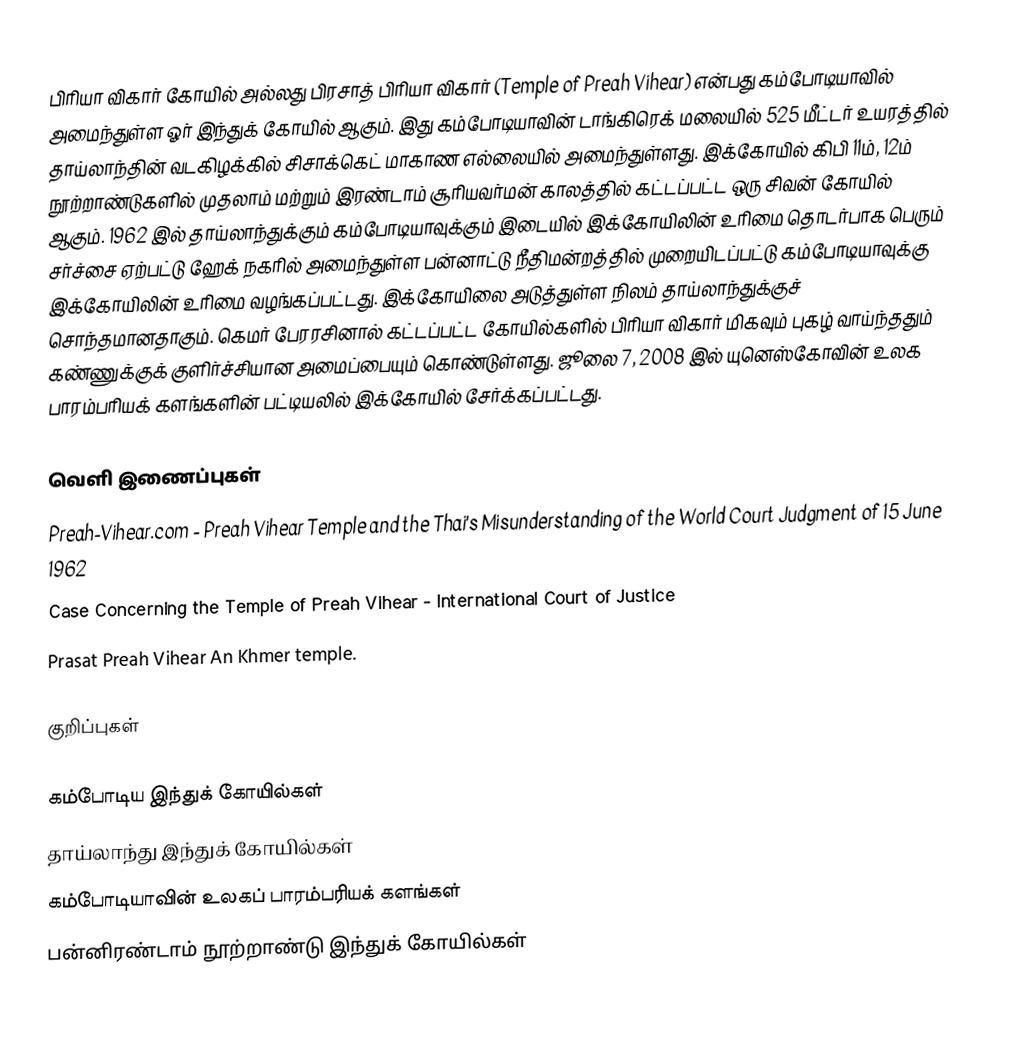
பிரியா விகார் கோயில் அல்லது பிரசாத் பிரியா விகார் (Temple of Preah Vihear) என்பது கம்போடியாவில் அமைந்துள்ள ஓர் இந்துக் கோயில் ஆகும். இது கம்போடியாவின் டாங்கிரெக் மலையில் 525 மீட்டர் உயரத்தில் தாய்லாந்தின் வடகிழக்கில் சிசாக்கெட் மாகாண எல்லையில் அமைந்துள்ளது. இக்கோயில் கிபி 11ம், 12ம் நூற்றாண்டுகளில் முதலாம் மற்றும் இரண்டாம் சூரியவர்மன் காலத்தில் கட்டப்பட்ட ஒரு சிவன் கோயில் ஆகும். 1962 இல் தாய்லாந்துக்கும் கம்போடியாவுக்கும் இடையில் இக்கோயிலின் உரிமை தொடர்பாக பெரும் சர்ச்சை ஏற்பட்டு ஹேக் நகரில் அமைந்துள்ள பன்னாட்டு நீதிமன்றத்தில் முறையிடப்பட்டு கம்போடியாவுக்கு இக்கோயிலின் உரிமை வழங்கப்பட்டது. இக்கோயிலை அடுத்துள்ள நிலம் தாய்லாந்துக்குச் சொந்தமானதாகும். கெமர் பேரரசினால் கட்டப்பட்ட கோயில்களில் பிரியா விகார் மிகவும் புகழ் வாய்ந்ததும் கண்ணுக்குக் குளிர்ச்சியான அமைப்பையும் கொண்டுள்ளது. ஜூலை 7, 2008 இல் யுனெஸ்கோவின் உலக பாரம்பரியக் களங்களின் பட்டியலில் இக்கோயில் சேர்க்கப்பட்டது.

வெளி இணைப்புகள்
 Preah-Vihear.com  - Preah Vihear Temple and the Thai's Misunderstanding of the World Court Judgment of 15 June 1962
 Case Concerning the Temple of Preah Vihear  - International Court of Justice
 Prasat Preah Vihear  An Khmer temple.

குறிப்புகள்

கம்போடிய இந்துக் கோயில்கள்
தாய்லாந்து இந்துக் கோயில்கள்
கம்போடியாவின் உலகப் பாரம்பரியக் களங்கள்
பன்னிரண்டாம் நூற்றாண்டு இந்துக் கோயில்கள்